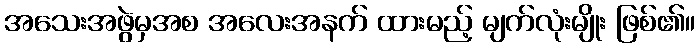
အသေးအဖွဲမှအစ အလေးအနက် ထားမည့် မျက်လုံးမျိုး ဖြစ်၏။